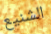
الشنيع